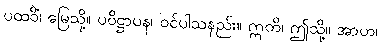
ပထဝိံ၊ မြေသို့။ ပဝိဋ္ဌာပန၊ ဝင်ပါသနည်း။ ဣတိ၊ ဤသို့။ အာဟ၊